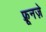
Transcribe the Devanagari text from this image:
फ़्रूनज़े